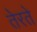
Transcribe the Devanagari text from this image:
तेरते